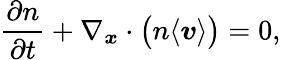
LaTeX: \frac{\partial n}{\partial t}+\nabla_{\boldsymbol{x}}\cdot\big(n\langle\boldsymbol{v}\rangle\big)=0,